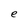
Character: e